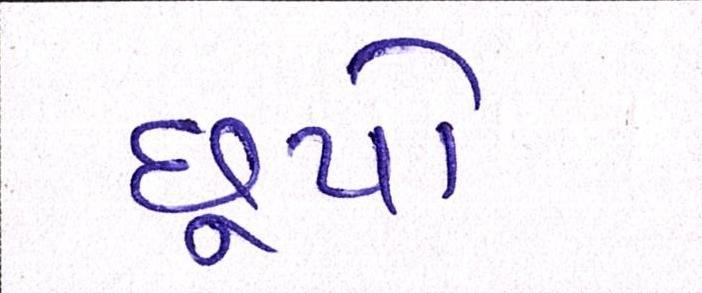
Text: છૂપો